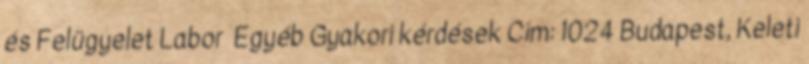
és Felügyelet Labor Egyéb Gyakori kérdések Cím: 1024 Budapest, Keleti